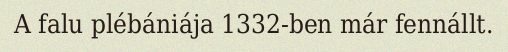
A falu plébániája 1332-ben már fennállt.